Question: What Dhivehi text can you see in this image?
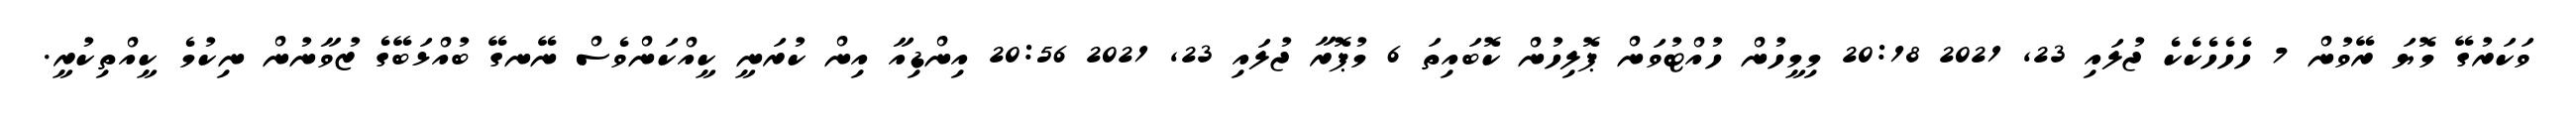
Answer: ވަކަރުގޭ މޮޔަ ރޭވުން 7 ހެހެހެކެކެ ޖުލައި 23, 2021 20:18 މިމީހުން ހުއްޓުވަން ޕޮލިހުން ކޮބައިތަ 6 މުޕޮރާ ޖުލައި 23, 2021 20:56 އިންޑިއާ އިން ކުރަނީ ކީއްކަންވެސް ނޭނގޭ ބުއްޅަބޭގެ ޒުވާނުން ނިކުމެ ކީއްތިކުރީ.